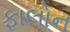
ફાલોન